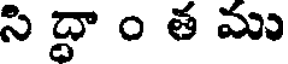
సి ద్ధా ం త ము